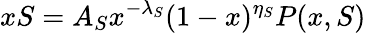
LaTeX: xS=A_{S}x^{-\lambda_{S}}(1-x)^{\eta_{S}}P(x,S)